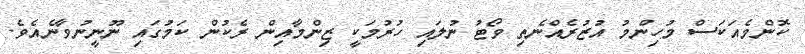
ކޮންމެއަކަސް މުހިންމު އުޒުރެއްނެތި ވޯޓު ނުލައި ހުރުމަކީ ޒިންމާއިން ރެކުން ކަމުގައި ނޫނީނުވާނެއެވެ.